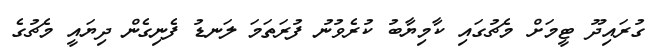
ގުރައިދޫ ޓީމަށް މެޗުގައި ކާމިޔާބު ކުރެވުނު ފުރަތަމަ ލަނޑު ފެނިގެން ދިޔައީ މެޗުގެ